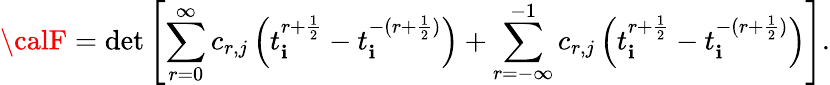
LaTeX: {\calF}=\operatorname*{det}\left[\sum_{r=0}^{\infty}c_{r,j}\left(t_{\mathbf{i}}^{r+\frac{{1}}{{2}}}-t_{\mathbf{i}}^{-(r+\frac{{1}}{{2}})}\right)+\sum_{r=-\infty}^{-1}c_{r,j}\left(t_{\mathbf{i}}^{r+\frac{{1}}{{2}}}-t_{\mathbf{i}}^{-(r+\frac{{1}}{{2}})}\right)\right].